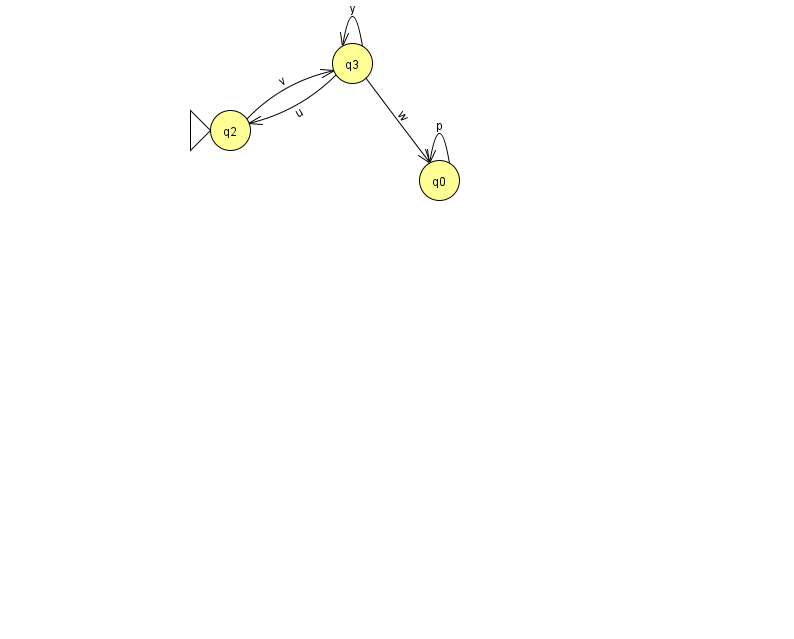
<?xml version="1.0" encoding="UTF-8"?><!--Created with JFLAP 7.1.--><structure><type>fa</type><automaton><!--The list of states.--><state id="0" name="q0"><x>439.0</x><y>167.0</y></state><state id="2" name="q2"><x>230.0</x><y>117.0</y><initial/></state><state id="3" name="q3"><x>352.0</x><y>50.0</y></state><!--The list of transitions.--><transition><from>0</from><to>0</to><read>p</read></transition><transition><from>3</from><to>0</to><read>w</read></transition><transition><from>3</from><to>2</to><read>u</read></transition><transition><from>3</from><to>3</to><read>y</read></transition><transition><from>2</from><to>3</to><read>v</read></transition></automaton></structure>